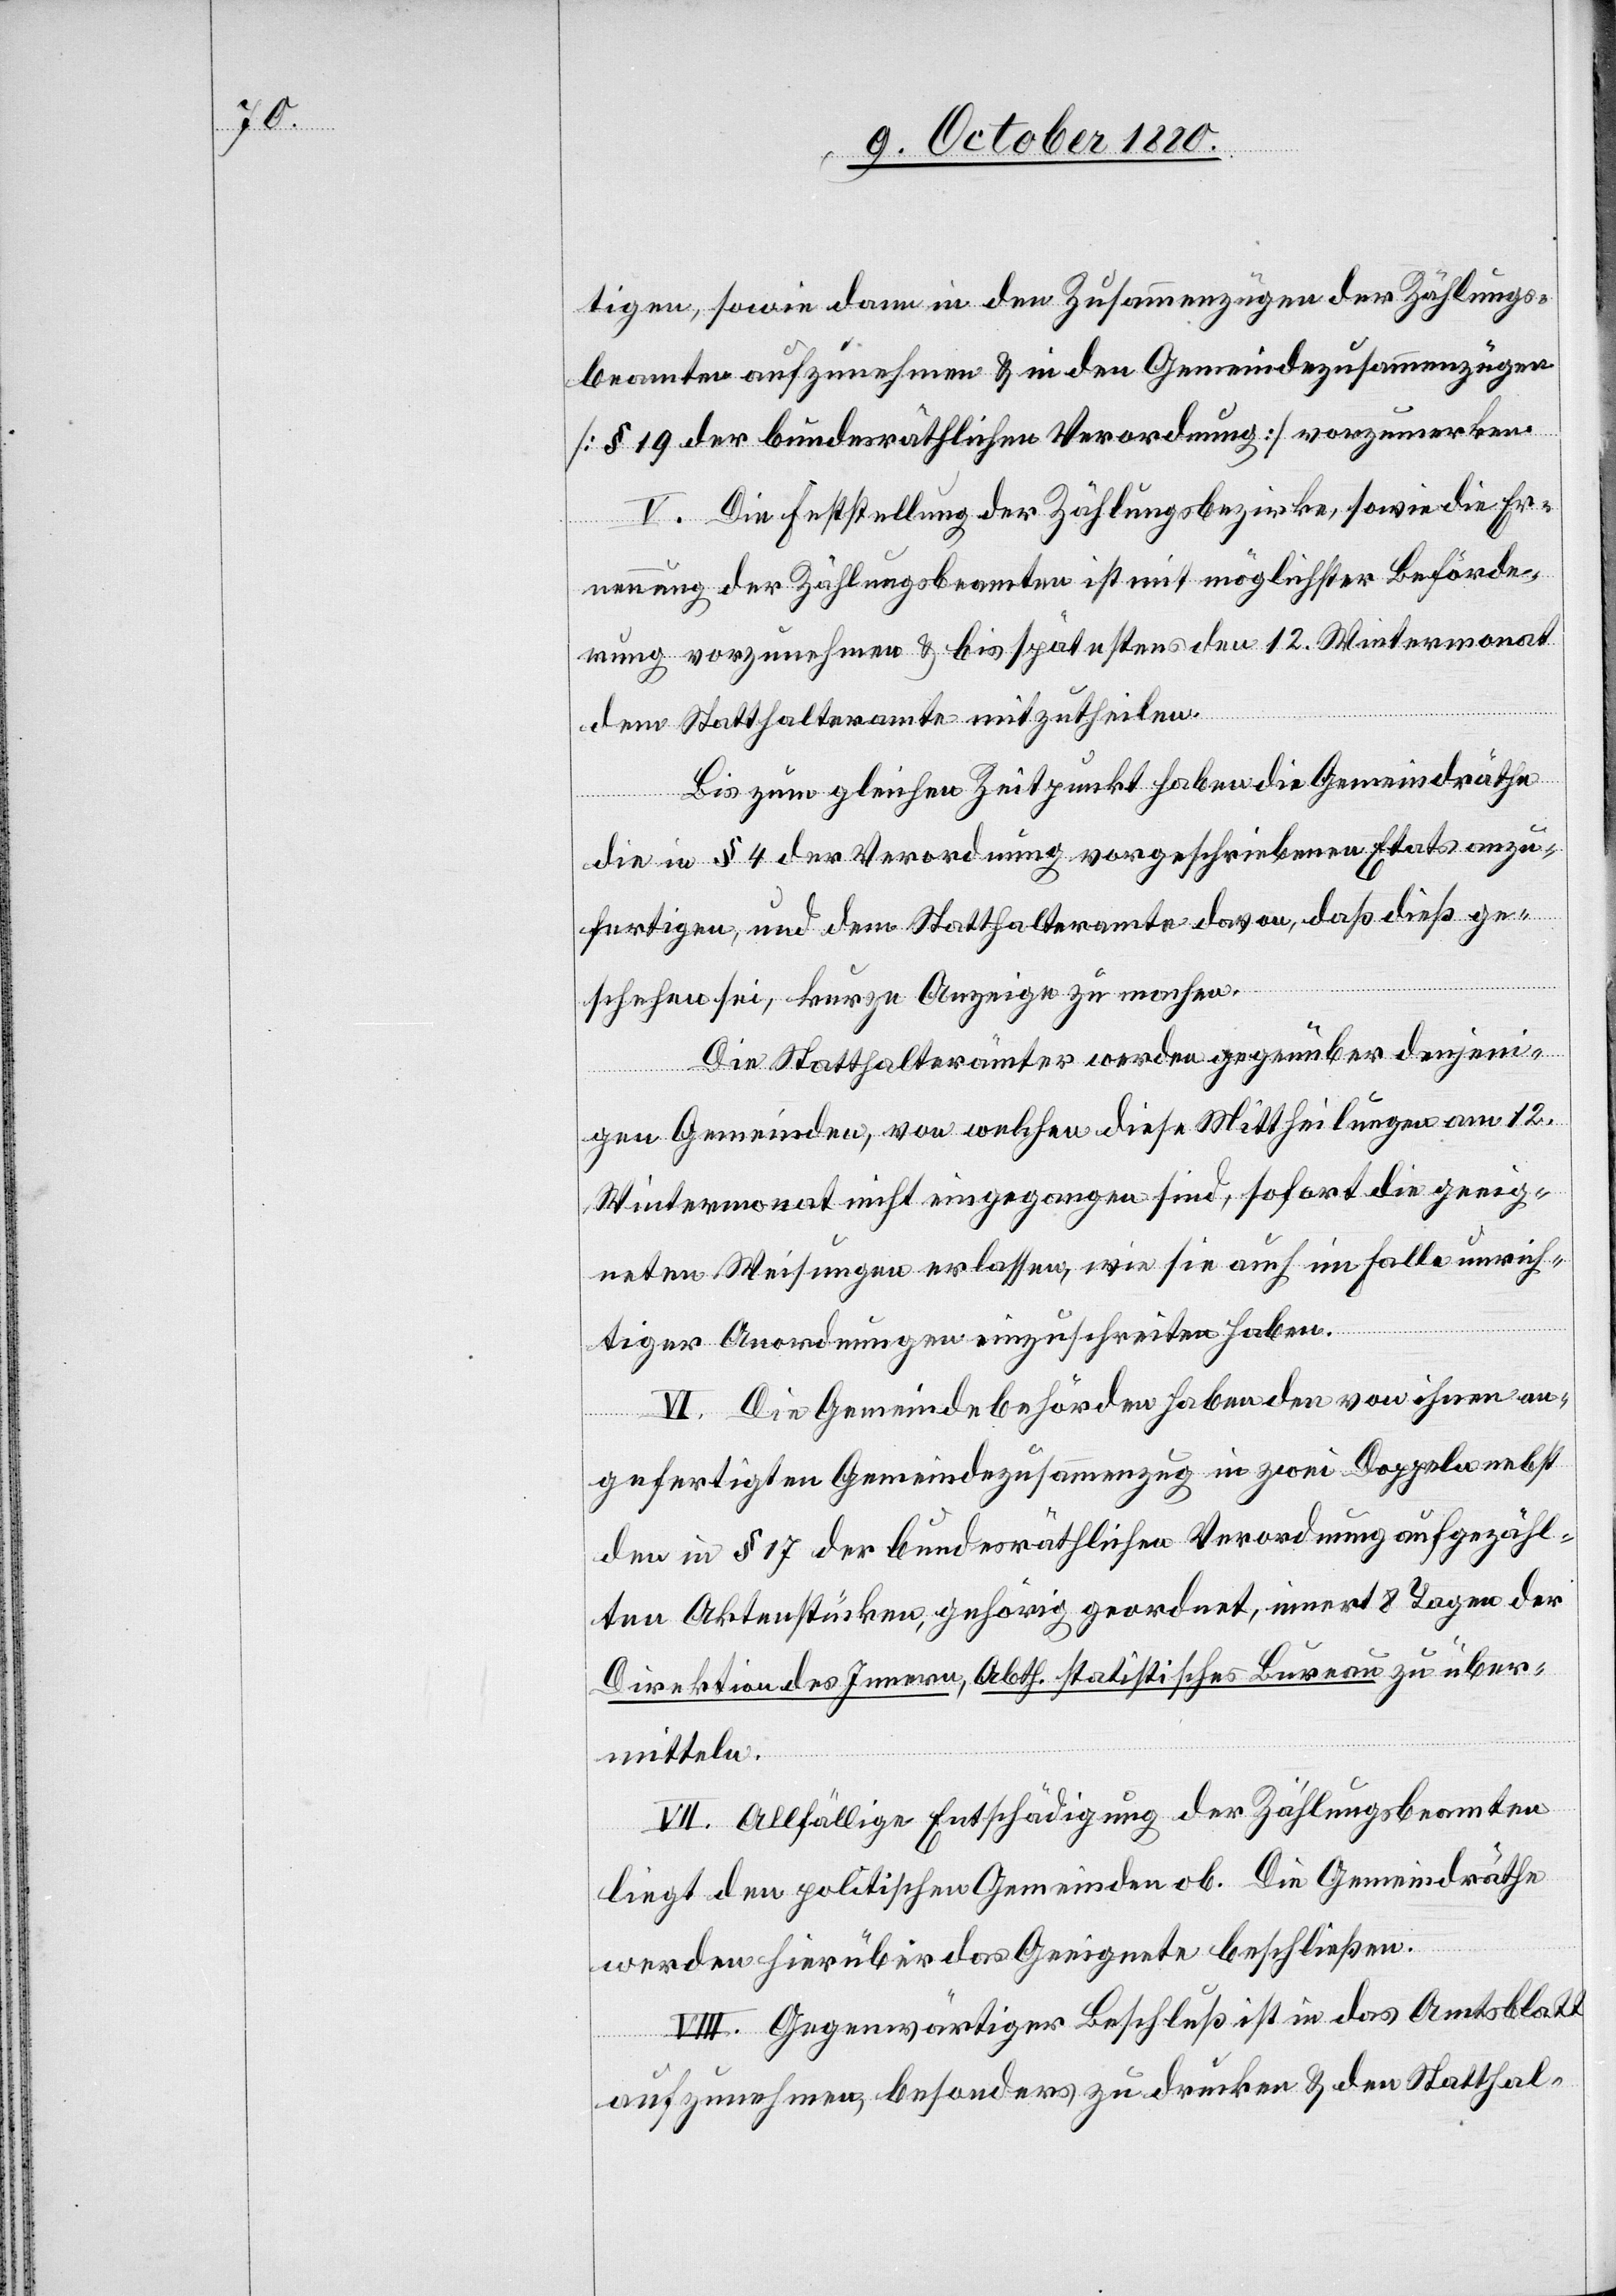
tigen, sowie dann in den Zusammenzügen der Zählungs¬
beamten aufzunehmen & in den Gemeindezusammenzügen
[§ 19 der bundesräthlichen Verordnung] vorzumerken.
V. Die Feststellung der Zählungsbezirke, sowie die Er¬
erung der Zählungsbeamten ist mit möglichster Beförde¬
rung vorzunehmen & bis spätestens den 12. Wintermonat
Statthalteramte mitzutheilen.
dem
Bis zum gleichen Zeitpunkt haben die Gemeindräthe
die in § 4 der Verordnung vorgeschriebenen Etats anzu¬
fertigen, und dem Statthalteramte davon, daß dieß ge¬
neu¬
schehen sei, kurze Anzeige zu machen.
Die Statthalterämter werden gegenüber denjeni¬
gen Gemeinden, von welchen diese Mittheilungen am 12.
Wintermonat nicht eingegangen sind, sofort die geeig¬
neten Weisungen erlassen, wie sie auch im Falle unrich¬
tiger Anordungen einzuschreiten haben.
VI. Die Gemeindebehörden haben den von ihnen an¬
gefertigten Gemeindezusammenzug in zwei Doppeln nebst
den in § 17 der bundesräthlichen Verordnung aufgezähl¬
ten Aktenstücken, gehörig geordnet, innert 8 Tagen der
Direktion des Innern, Abth. städtisches Bureau zu über¬
mitteln.
VII. Allfällige Entschädigung der Zählungsbeamten
liegt den politischen Gemeinden ob. Die Gemeindräthe
werden hierüber das Geeignete beschließen.
VIII. Gegenwärtiger Beschluß ist in das Amtsblatt
aufzunehmen, besonders zu drucken & den Statthal-